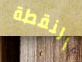
النقطة